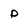
Character: p